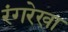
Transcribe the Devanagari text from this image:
रंगरेखा